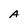
Character: A